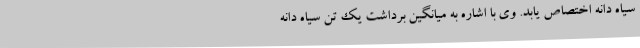
سیاه دانه اختصاص یابد. وی با اشاره به میانگین برداشت یک تن سیاه دانه